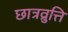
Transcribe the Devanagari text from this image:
छात्रव्रुत्ति